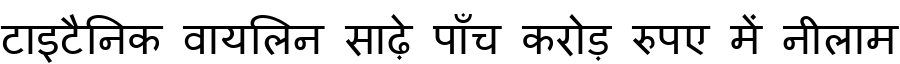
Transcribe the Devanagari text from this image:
टाइटैनिक वायलिन साढ़े पाँच करोड़ रुपए में नीलाम